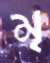
মৃ